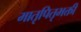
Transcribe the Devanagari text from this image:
मातृपितृभक्ती